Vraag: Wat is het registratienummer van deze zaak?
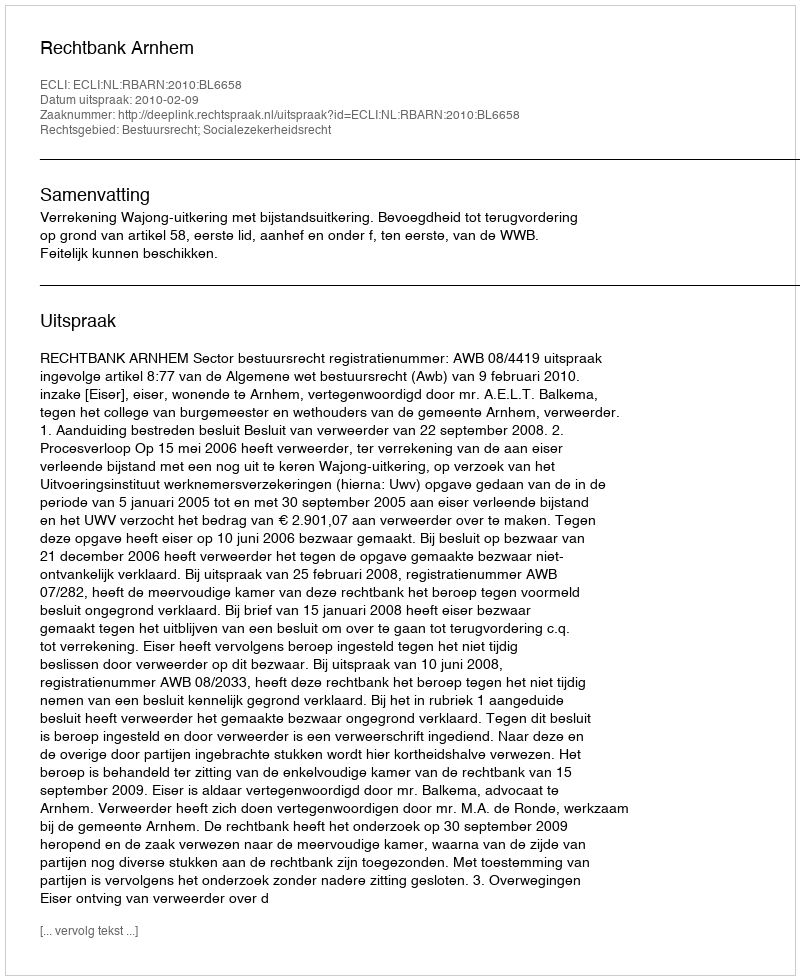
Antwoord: http://deeplink.rechtspraak.nl/uitspraak?id=ECLI:NL:RBARN:2010:BL6658